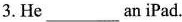
3. He ___ an iPad.